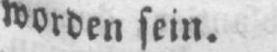
worden sein.